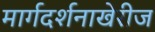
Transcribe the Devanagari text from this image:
मार्गदर्शनाखेरीज